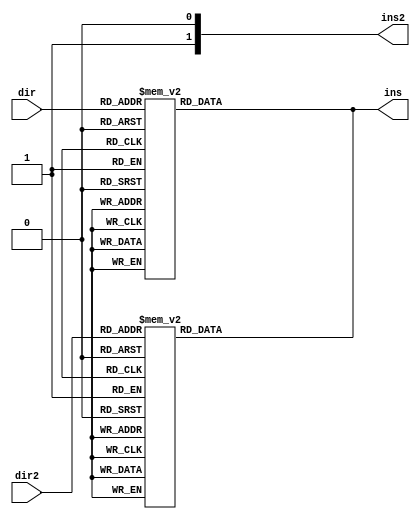
module mem_inst(
    input wire [4:0] dir,
    input wire [4:0] dir2,
    output reg [31:0] ins,
    output reg [31:0] ins2
    );
    always@*
    begin
        case(dir)
            default:
                ins=32'h00000000;
            5'h00:
                ins=32'h00221803;
            5'h01:
                ins=32'h0C850001;
            5'h02:
                ins=32'h01063804;
            5'h03:
                ins=32'h016C2005;
            5'h04:
                ins=32'h1C090001;
            5'h05:
                ins=32'h0294A007; 
            5'h06:
                ins=32'h01AE7801;
            5'h07:
                ins=32'h06100000;
            5'h08:
                ins=32'h02208806;
            5'h09:
                ins=32'h02529002;
            5'h0A:
                ins=32'h0A730000;
            5'h0B:
                ins=32'h180A0001;
            5'h0C:
                ins=32'h14210001;
            5'h0D:
                ins=32'h00000000;
            5'h0E:
                ins=32'h00000000;
            5'h0F:
                ins=32'h20000018;
            5'h10:
                ins=32'h00000000;
            5'h11:
                ins=32'h00000000;
            5'h12:
                ins=32'h00000000;  
            5'h13:
                ins=32'h00000000;
            5'h14:
                ins=32'h00000000;
            5'h15:
                ins=32'h00000000;
            5'h16:
                ins=32'h00000000;
            5'h17:
                ins=32'h00000000;
            5'h18:
                ins=32'h10210000;
            5'h19:
                ins=32'h00000000;
            5'h1A:
                ins=32'h00000000;
            5'h1B:
                ins=32'h00000000;
            5'h1C:
                ins=32'h00000000;
            5'h1D:
                ins=32'h00000000;
            5'h1E:
                ins=32'h00000000;
            5'h1F:
                ins=32'h00000000;
            
            
        endcase           
    end  
    always@*
    begin
        case(dir2)
            default:
                ins=32'h00000000;
            5'h00:
                ins=32'h00221803;
            5'h01:
                ins=32'h0C850001;
            5'h02:
                ins=32'h01063804;
            5'h03:
                ins=32'h016C2005;
            5'h04:
                ins=32'h1C090001;
            5'h05:
                ins=32'h0294A007; 
            5'h06:
                ins=32'h01AE7801;
            5'h07:
                ins=32'h06100000;
            5'h08:
                ins=32'h02208806;
            5'h09:
                ins=32'h02529002;
            5'h0A:
                ins=32'h0A730000;
            5'h0B:
                ins=32'h180A0001;
            5'h0C:
                ins=32'h14210001;
            5'h0D:
                ins=32'h00000000;
            5'h0E:
                ins=32'h00000000;
            5'h0F:
                ins=32'h20000018;
            5'h10:
                ins=32'h00000000;
            5'h11:
                ins=32'h00000000;
            5'h12:
                ins=32'h00000000;  
            5'h13:
                ins=32'h00000000;
            5'h14:
                ins=32'h00000000;
            5'h15:
                ins=32'h00000000;
            5'h16:
                ins=32'h00000000;
            5'h17:
                ins=32'h00000000;
            5'h18:
                ins=32'h10210000;
            5'h19:
                ins=32'h00000000;
            5'h1A:
                ins=32'h00000000;
            5'h1B:
                ins=32'h00000000;
            5'h1C:
                ins=32'h00000000;
            5'h1D:
                ins=32'h00000000;
            5'h1E:
                ins=32'h00000000;
            5'h1F:
                ins=32'h00000000;
        endcase 
    end
    
endmodule